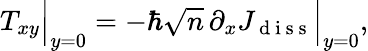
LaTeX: \begin{array}{r}{T_{xy}\Big|_{y=0}=-\hbar\sqrt{n}\, \partial_{x}J_{\mathrm{~d~i~s~s~}}\Big|_{y=0},}\end{array}